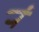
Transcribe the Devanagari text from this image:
र्‍ां